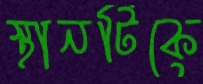
স্থানটিকে